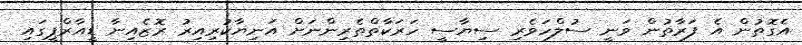
އެގޮތުން އެ ފަރާތުން ވަނީ ސުލްހަވެރި ސިޔާސީ ހަރަކާތްތެރިންނަށް އަނިޔާކުރިއިރު ރޮޒެއިނާ ޑީއާރްޕީގައި